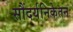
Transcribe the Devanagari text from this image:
सौंदर्यनिकेतन